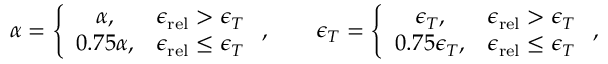
\alpha = \left\{ \begin{array} { c c } { \alpha , } & { { \epsilon _ { \mathrm { r e l } } } > \epsilon _ { T } } \\ { 0 . 7 5 \alpha , } & { { \epsilon _ { \mathrm { r e l } } } \leq \epsilon _ { T } } \end{array} \right. , \qquad \epsilon _ { T } = \left\{ \begin{array} { c c } { \epsilon _ { T } , } & { { \epsilon _ { \mathrm { r e l } } } > \epsilon _ { T } } \\ { 0 . 7 5 \epsilon _ { T } , } & { { \epsilon _ { \mathrm { r e l } } } \leq \epsilon _ { T } } \end{array} \right. ,